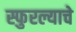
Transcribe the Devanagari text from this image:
स्फुरल्याचे